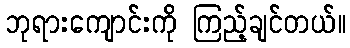
ဘုရားကျောင်းကို ကြည့်ချင်တယ်။